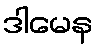
ဒါမေန